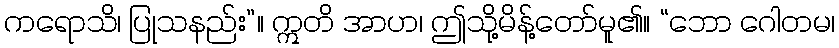
ကရောသိ၊ ပြုသနည်း”။ ဣတိ အာဟ၊ ဤသို့မိန့်တော်မူ၏။ “ဘော ဂေါတမ၊